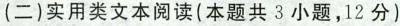
(二) 实用类文本阅读(本题共 3 小题,12 分)